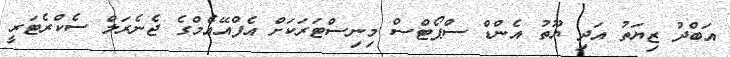
އަބްދު ޒިޔަތު އަދި ޔޫތު އެންޑް ސްޕޯޓްސް މިނިސްޓަރަކަށް އެފްއޭއެމްގެ ޖެނެރަލް ސެކްރެޓަރީ